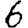
Digit: 6